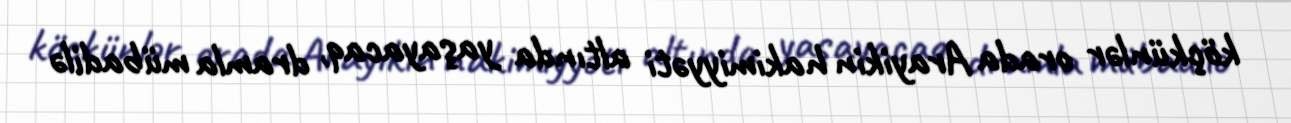
köçkünlər orada Arayikin hakimiyyəti altında yaşayacaq, dramla mübadilə